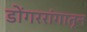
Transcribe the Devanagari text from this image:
डोंगररांगातून